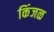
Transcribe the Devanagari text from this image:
किंजळ